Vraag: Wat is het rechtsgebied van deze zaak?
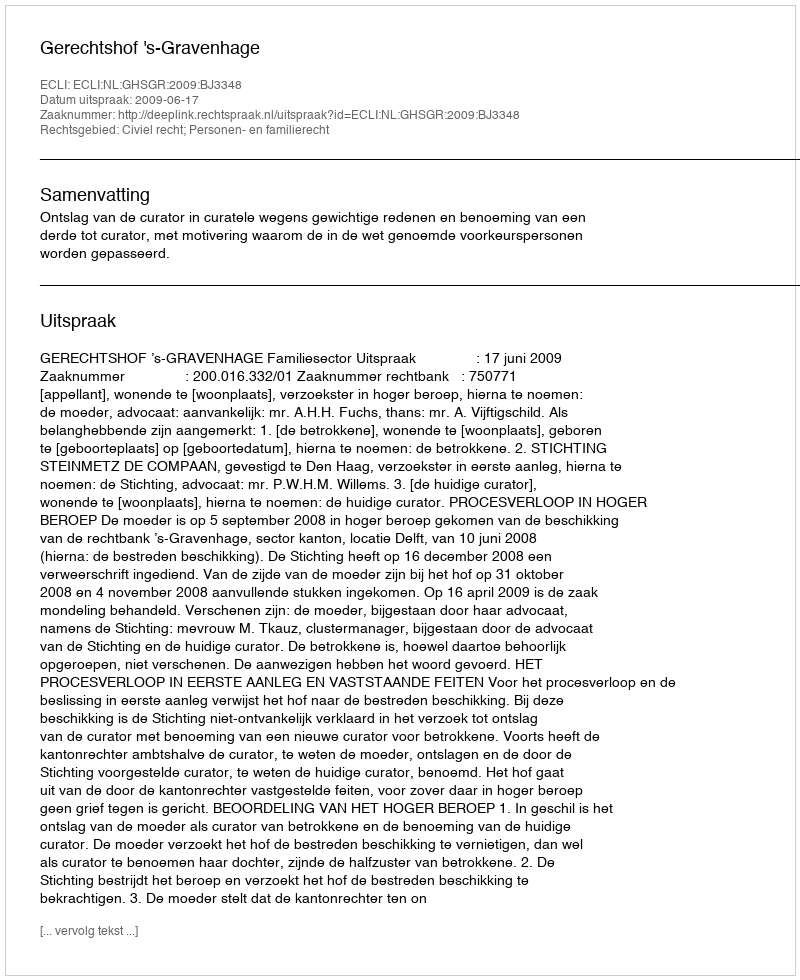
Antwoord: Civiel recht; Personen- en familierecht